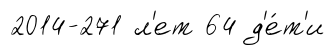
2014-271 л'ет 64 д'е́т'и